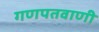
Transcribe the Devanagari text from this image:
गणपतवाणी